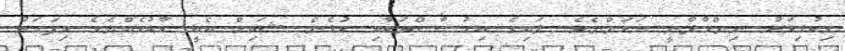
މިކުޅިވަރު ނިންމާލާނީ އަހަންނެވެ. ލައިގެ އިހުސާސްތަކާއި ކުޅެން ޝައިމް އެއީ ކާކުހެއްޔެވެ މިފަހަރު